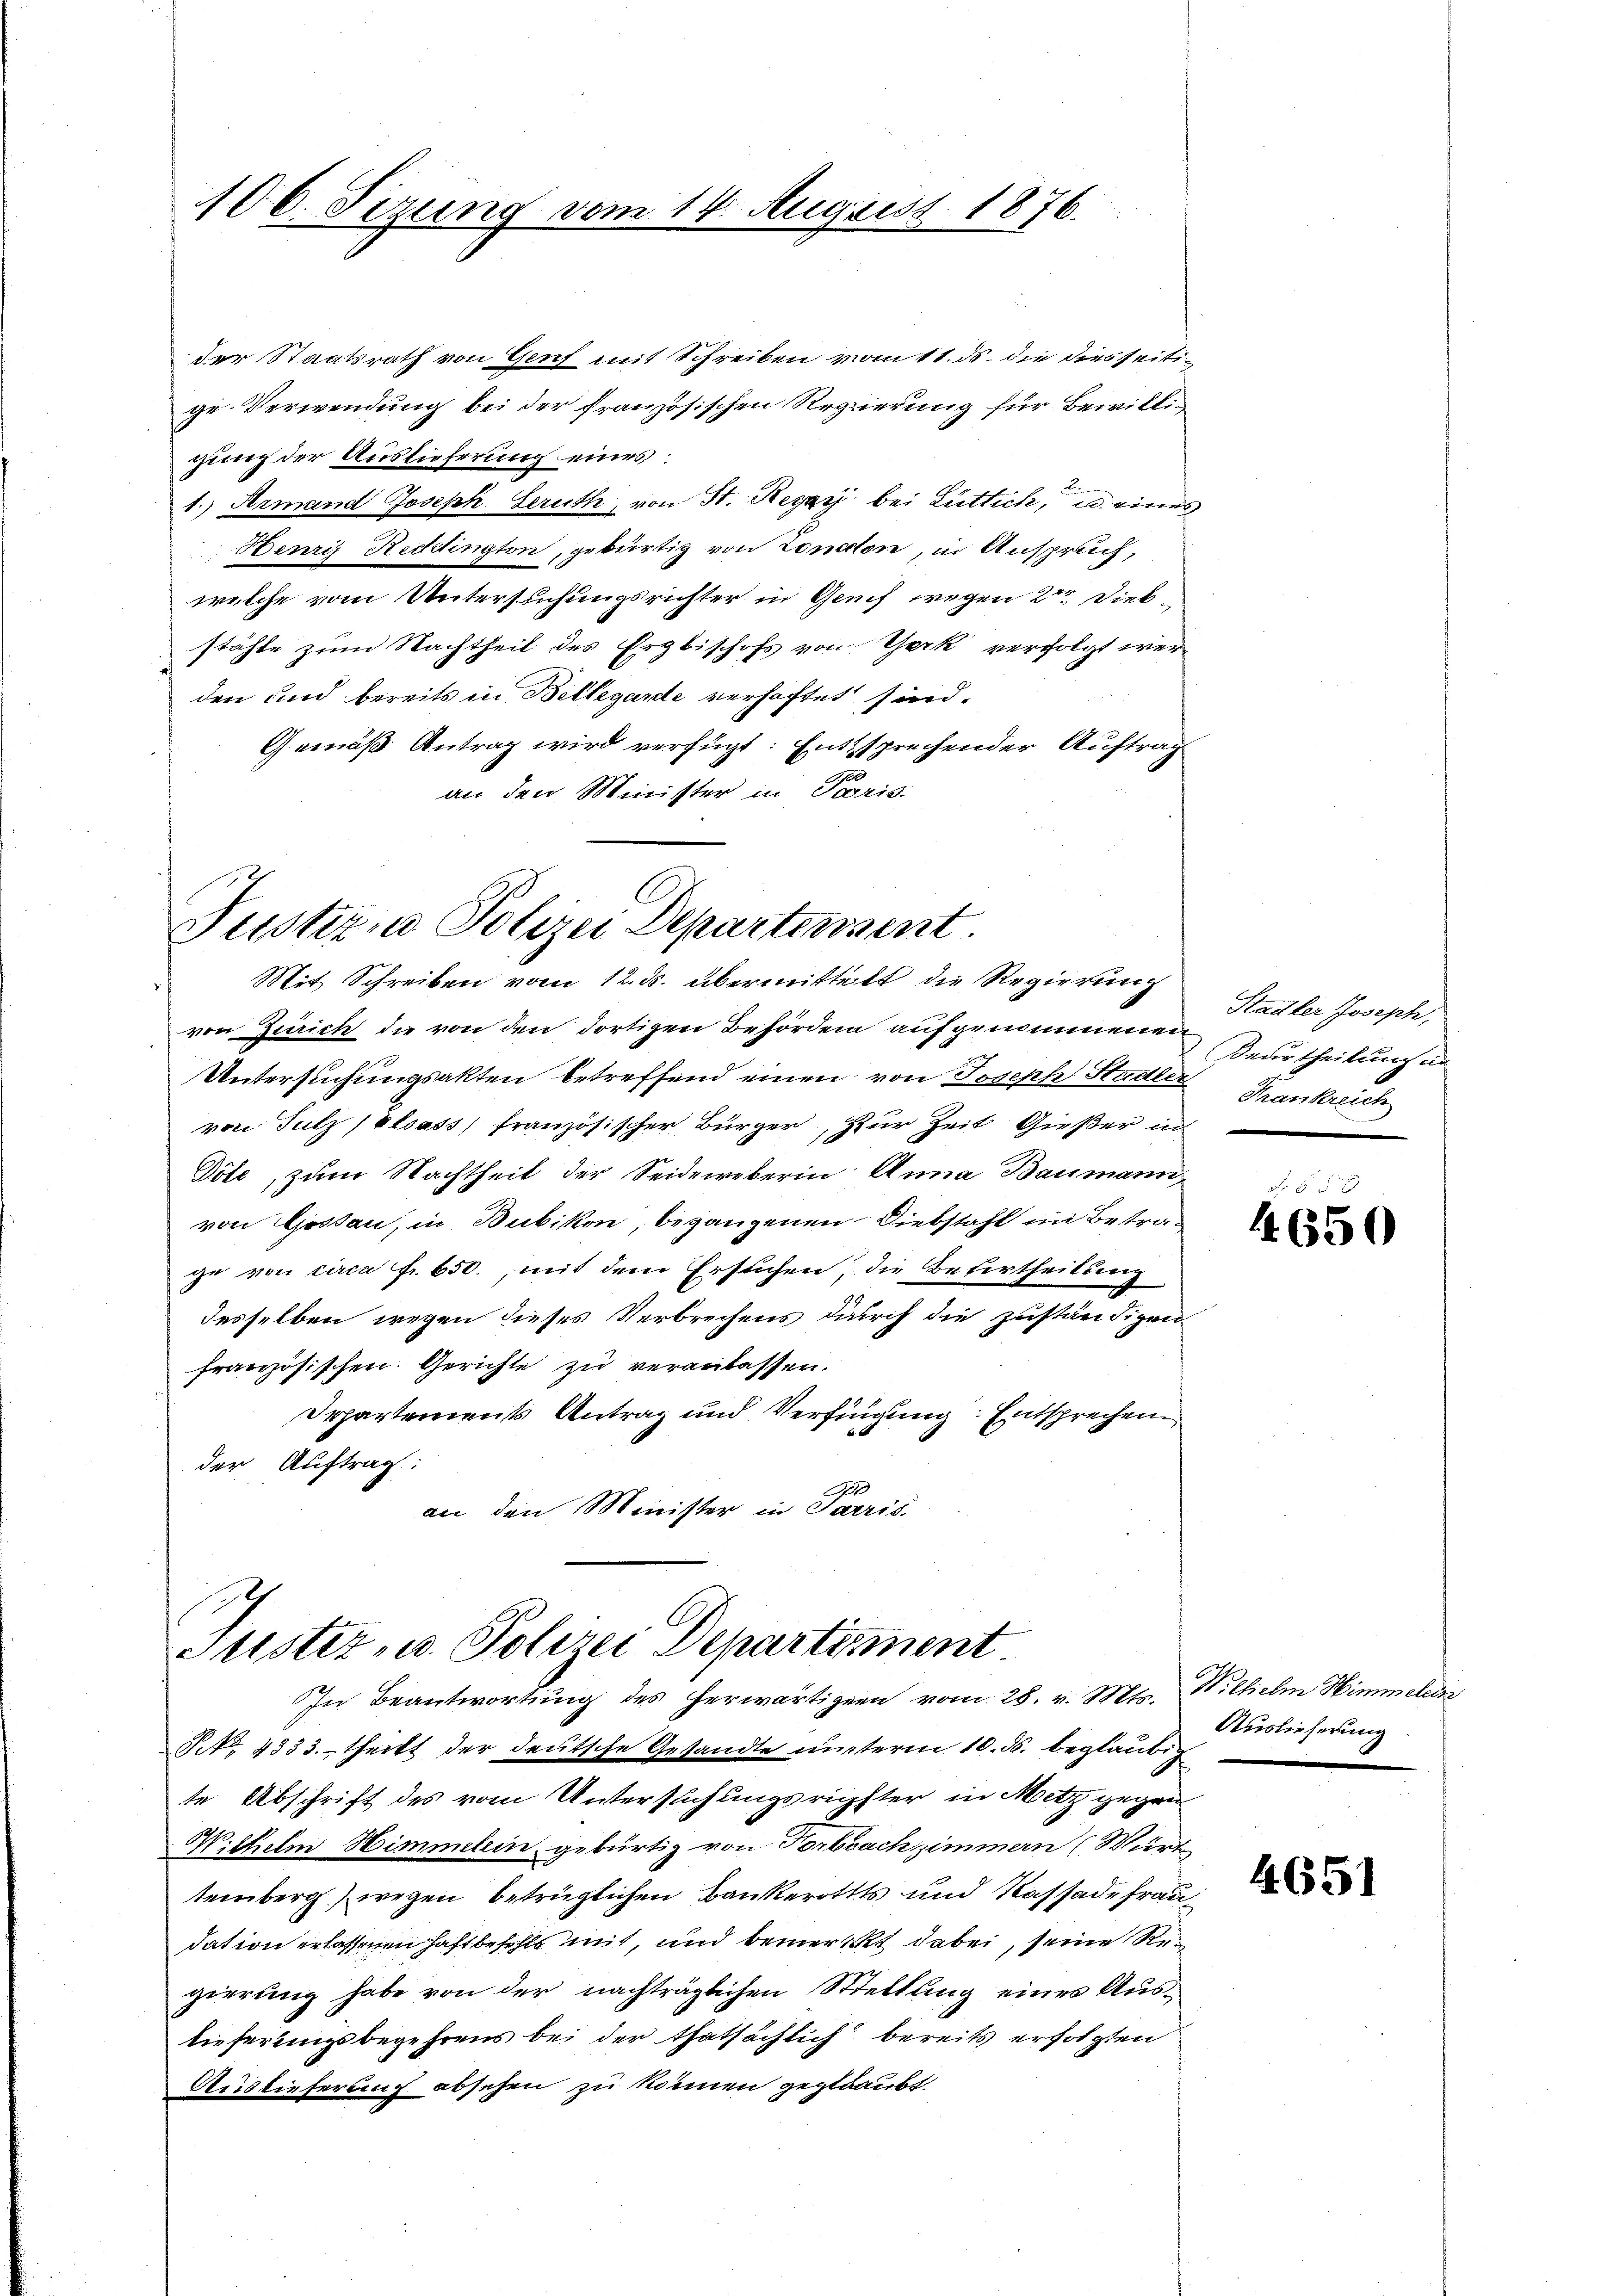
106. Sizung vom 14. August 1876.

der Staatsrath von Genf mit Schreiben vom 11. ds. die diesseiti
ge-Verwendung bei der französischen Regierung für Bewilligung der Auslieferung eines:
1. Armand Joseph Seruth, von St. Regar bei Lüttich, u. eines
Henris Redington, gebürtig von London, in Anspruch,
welche vom Untersuchungsrichter in Genf wegen 2 Diebstähle zum Nachtheil des Erzbischofs von Werk verfolgt werden und bereits in Bellegarde verhaftet sind.
Gemäß Antrag wird verfügt: Entsprechender Auftrag
an den Minister in Paris.

Justiz, Polizei Departensent.
Mit Schreiben vom 12. ds. übermittelt die Regierung

Justiz- u. Polizei Departement
In Beantwortung des herwärtigern vom 28. v. Mts. Wilhelm Himmelen

von Zürich die von den dortigen Behörden aufgenommenen
Untersuchungsakten betreffend einen von Joseph Stadler
von Sutz (Elsass französischer Bürger, zur Zeit Gießer in
Döte, zum Nachtheil der Seideweberin Anna Baumann,
von Gosten, in Bubikon, begangenen Diebstahl im Betrage von circa Fr. 650., mit dem Ersuchen, die Betertheilung
desselben wegen dieses Verbrechens durch die zuständigen
französischen Gerichte zu veranlassen.
Departements Antrag und Verfügung. Entsprechen
der Auftrag:
A
an den Minister in Sarris.

NNo. 4333. theckt der deutsche Gesandte unterm 10. ds. beglaubig
te Abschrift des vom Untersuchungsrichster in Metz gegen¬
Wilhelm Himmelein gebürtig von Torbsachzimmern (Wert
temberg) wegen betrüglichen Bankerotts und Kassadefrau
dation erlassenen Haftbefehls mit, und bemerkt dabei, seine Regierung habe von der nachträglichen Stellung eines Auslieferungsbegehrens bei der thatsächlich bereits erfolgten
Auslieferung absehen zu können geglaubt.

Stadler Joseph,
Beurtheilung in
Frankreich

4650

Auslieferung.

4651